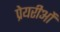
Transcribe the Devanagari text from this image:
प्रेयरीओं